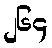
၂၆၄